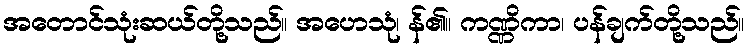
အတောင်သုံးဆယ်တို့သည်။ အဟေသုံ၊ န်၏။ ကဏ္ဏိကာ၊ ပန်ချက်တို့သည်။